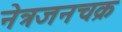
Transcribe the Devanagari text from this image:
नेत्रजनचक्र